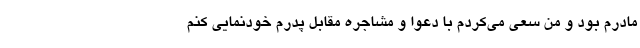
مادرم بود و من سعی می‌کردم با دعوا و مشاجره مقابل پدرم خودنمایی کنم